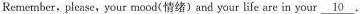
Remember, please, your mood (情绪) and your life are in your \underline{10}.